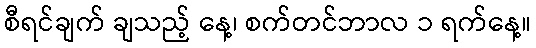
စီရင်ချက် ချသည့် နေ့၊ စက်တင်ဘာလ ၁ ရက်နေ့။